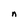
Character: n